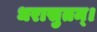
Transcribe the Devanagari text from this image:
धरासुतम्।